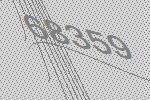
68359